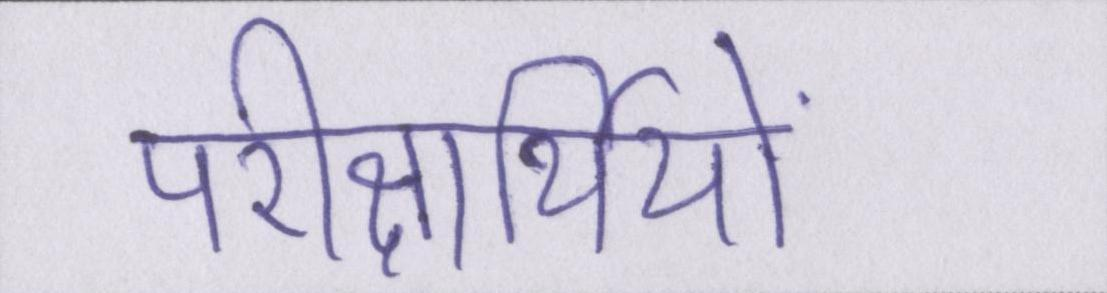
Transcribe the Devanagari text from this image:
परीक्षार्थियों